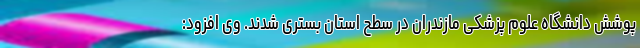
پوشش دانشگاه علوم پزشکی مازندران در سطح استان بستری شدند. وی افزود: